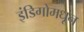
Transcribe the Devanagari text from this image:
इंडिगोमधून